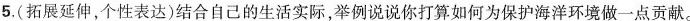
5.(拓展延伸,个性表达)结合自己的生活实际，举例说说你打算如何为保护海洋环境做一点贡献。